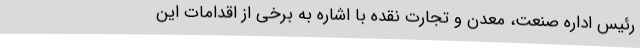
رئیس اداره صنعت، معدن و تجارت نقده با اشاره به برخی از اقدامات این